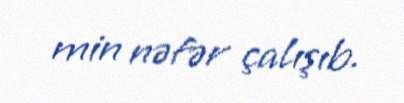
min nəfər çalışıb.